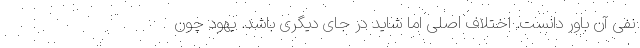
نفی آن باور دانست. اختلاف اصلی اما شاید در جای دیگری باشد. یهود چون